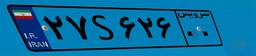
۲۷S۶۲۶۰۰